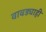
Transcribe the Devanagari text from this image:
वावड्याही